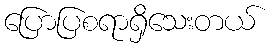
ပြောပြစရာရှိသေးတယ်